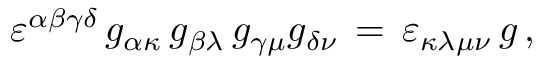
\varepsilon ^ { \alpha \beta \gamma \delta } \, g _ { \alpha \kappa } \, g _ { \beta \lambda } \, g _ { \gamma \mu } g _ { \delta \nu } \, = \, \varepsilon _ { \kappa \lambda \mu \nu } \, g \, ,